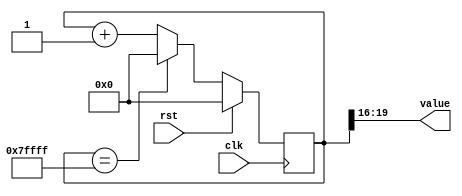
/*
   This file was generated automatically by the Mojo IDE version B1.3.6.
   Do not edit this file directly. Instead edit the original Lucid source.
   This is a temporary file and any changes made to it will be destroyed.
*/

/*
   Parameters:
     SIZE = 4
     DIV = FLIP
     TOP = 7
     UP = 1
*/
module counter_25 (
    input clk,
    input rst,
    output reg [3:0] value
  );
  
  localparam SIZE = 3'h4;
  localparam DIV = 5'h10;
  localparam TOP = 3'h7;
  localparam UP = 1'h1;
  
  
  reg [19:0] M_ctr_d, M_ctr_q = 1'h0;
  
  localparam MAX_VALUE = 19'h7ffff;
  
  always @* begin
    M_ctr_d = M_ctr_q;
    
    value = M_ctr_q[16+3-:4];
    if (1'h1) begin
      M_ctr_d = M_ctr_q + 1'h1;
      if (1'h1 && M_ctr_q == 19'h7ffff) begin
        M_ctr_d = 1'h0;
      end
    end else begin
      M_ctr_d = M_ctr_q - 1'h1;
      if (1'h1 && M_ctr_q == 1'h0) begin
        M_ctr_d = 19'h7ffff;
      end
    end
  end
  
  always @(posedge clk) begin
    if (rst == 1'b1) begin
      M_ctr_q <= 1'h0;
    end else begin
      M_ctr_q <= M_ctr_d;
    end
  end
  
endmodule